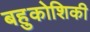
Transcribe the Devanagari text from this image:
बहुकोशिकी